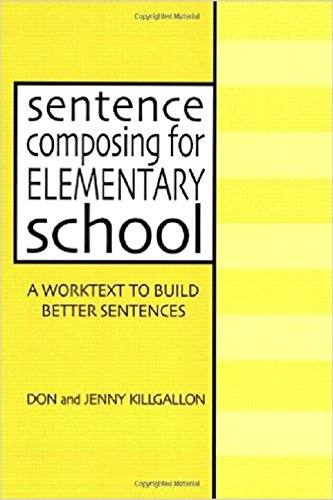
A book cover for Sentence Composing for Elementary School: A Worktext to Build Better Sentences; Don Killgallon; Reference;